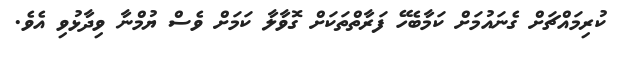
ކުރިމައްޗަށް ގެނައުމަށް ކަމާބެހޭ ފަރާތްތަކަށް ގޮވާލާ ކަމަށް ވެސް ޔުމްނާ ވިދާޅުވި އެވެ.